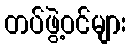
တပ်ဖွဲ့ဝင်များ